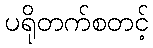
ပရိုတက်စတင့်